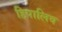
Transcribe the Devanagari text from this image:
हिपालिव